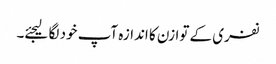
نفری کے توازن کا اندازہ آپ خود لگا لیجئے۔